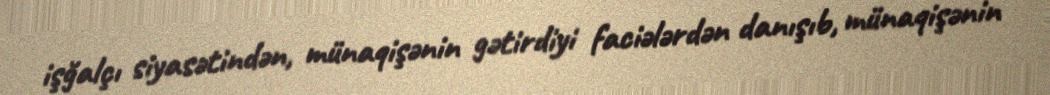
işğalçı siyasətindən, münaqişənin gətirdiyi faciələrdən danışıb, münaqişənin